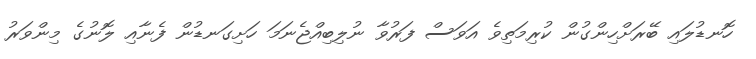
ހޮނޑުލައި ބޭރަށްހިންގުން ކުރިމަތިވެ އަވަސް ފަރުވާ ނުލިބިއްޖެނަމަ ހަށިގަނޑުން ފެނާއި ލޮނުގެ މިންވަރު